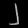
Digit: ၂